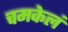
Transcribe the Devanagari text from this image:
चमकेलं